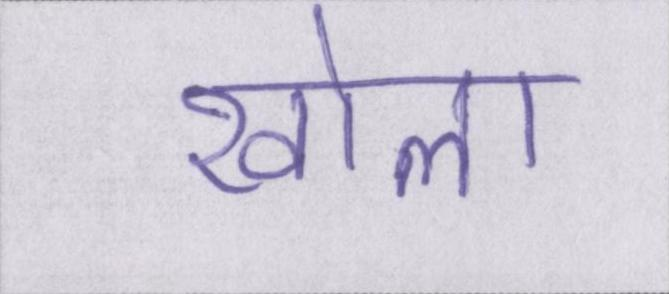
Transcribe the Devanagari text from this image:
खोला